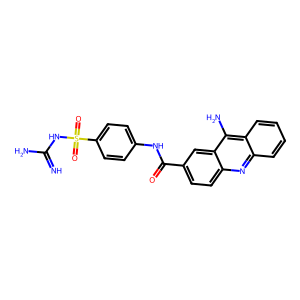
SMILES: N=C(N)NS(=O)(=O)c1ccc(NC(=O)c2ccc3nc4ccccc4c(N)c3c2)cc1
Inhibits HIV replication: Yes